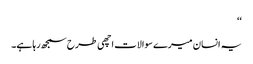
‘‘
یہ انسان میرے سوالات اچھی طرح سمجھ رہا ہے۔